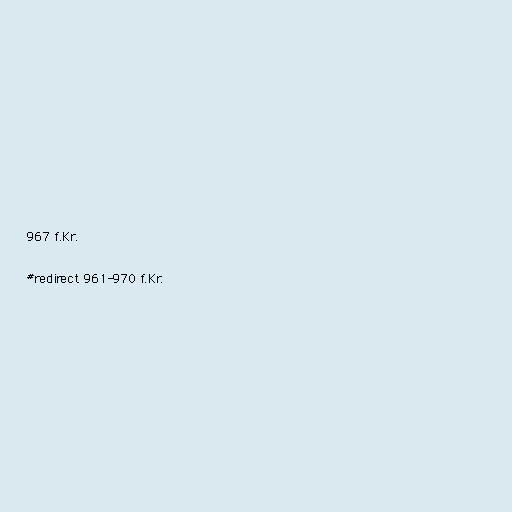
967 f.Kr.

#redirect 961-970 f.Kr.